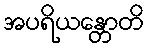
အပရိယန္တောတိ